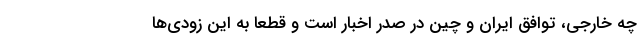
چه خارجی، توافق ایران و چین در صدر اخبار است و قطعا به این زودی‌ها